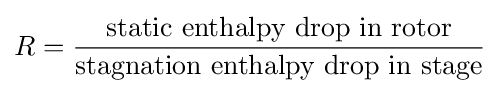
R={\frac {\text{static enthalpy drop in rotor}}{\text{stagnation enthalpy drop in stage}}}